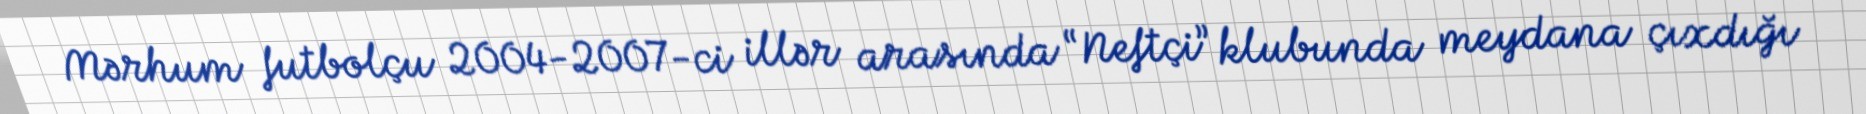
Mərhum futbolçu 2004-2007-ci illər arasında “Neftçi” klubunda meydana çıxdığı